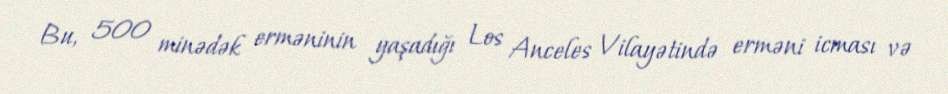
Bu, 500 minədək erməninin yaşadığı Los Anceles Vilayətində erməni icması və